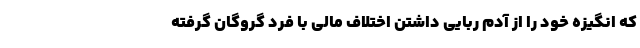
که انگیزه خود را از آدم ربایی داشتن اختلاف مالی با فرد گروگان گرفته